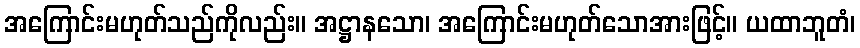
အကြောင်းမဟုတ်သည်ကိုလည်း။ အဋ္ဌာနသော၊ အကြောင်းမဟုတ်သောအားဖြင့်။ ယထာဘူတံ၊